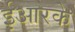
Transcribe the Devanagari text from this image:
ईआरके